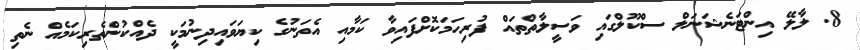
8.	ލާލޭ އިންޓަނެޝަނަލް ސްކޫލްގައި ވަސީލާތްތައް ފުރިހަމަކޮށްފައިވާ ކަމާއި އެތަނުގެ ކިޔަވައިދިނުމަކީ ދެއްކުންތެރިކަމެއް ނެތި